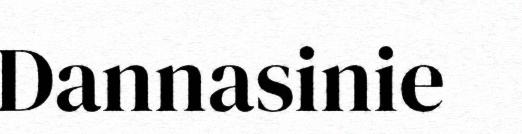
Dannasinie